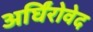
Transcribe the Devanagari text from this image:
अर्घिंरोवेद